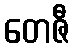
တေဇီ